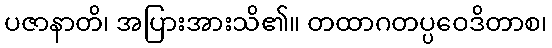
ပဇာနာတိ၊ အပြားအားသိ၏။ တထာဂတပ္ပဝေဒိတာစ၊